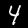
Label: 4